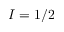
I = 1 / 2